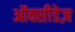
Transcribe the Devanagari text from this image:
ऑक्सीडेज़